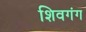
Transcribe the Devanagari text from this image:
शिवगंग